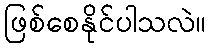
ဖြစ်စေနိုင်ပါသလဲ။